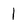
Character: 1